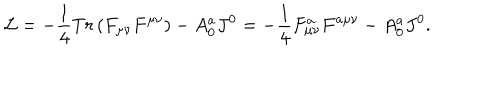
{ \cal L } = - \frac { 1 } { 4 } T r \left( { F _ { \mu \nu } F ^ { \mu \nu } } \right) - A _ { 0 } ^ { a } J ^ { 0 } = - \frac { 1 } { 4 } F _ { \mu \nu } ^ { a } F ^ { a \mu \nu } - A _ { 0 } ^ { a } J ^ { 0 } .